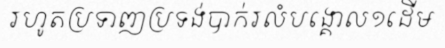
រហូតប្រទាញប្រទង់បាក់រលំបង្គោល១ដើម